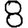
Digit: 8